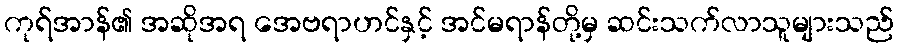
ကုရ်အာန်၏ အဆိုအရ အေဗရာဟင်နှင့် အင်မရာန်တို့မှ ဆင်းသက်လာသူများသည်